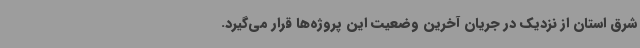
شرق استان از نزدیک در جریان آخرین وضعیت این پروژه‌ها قرار می‌گیرد.